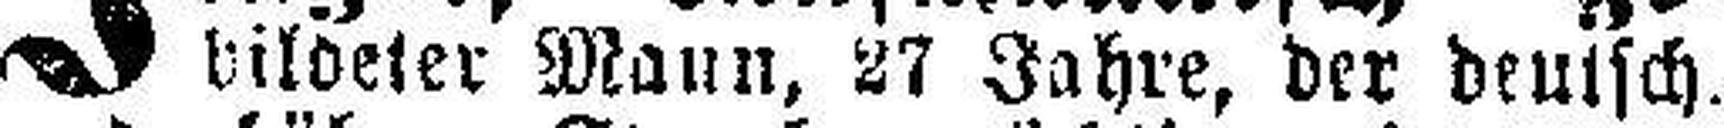
bildeter Mann, 27 Jahre, der deutsch